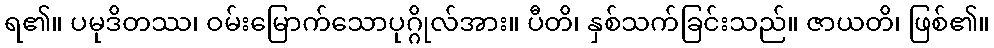
ရ၏။ ပမုဒိတဿ၊ ဝမ်းမြောက်သောပုဂ္ဂိုလ်အား။ ပီတိ၊ နှစ်သက်ခြင်းသည်။ ဇာယတိ၊ ဖြစ်၏။